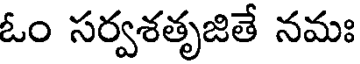
ఓం సర్వశతృజితే నమః